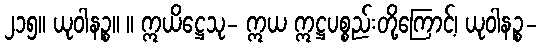
၂၁၅။ ယုဝါနဉ္စ။ ။ ဣယိဋ္ဌေသု- ဣယ ဣဋ္ဌပစ္စည်းတို့ကြောင့်၊ ယုဝါနဉ္စ-